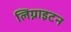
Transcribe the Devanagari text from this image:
लिग्नाइटन